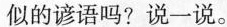
似的谚语吗?说一说。